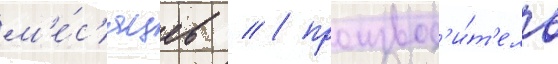
м'е́с'яцев // / производ'и́т'ель